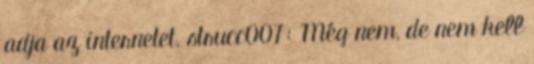
adja az internetet. strucc007: Még nem, de nem kell